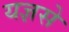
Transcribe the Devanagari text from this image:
यज्ञसे